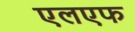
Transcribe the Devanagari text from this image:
एलएफ